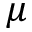
\mu